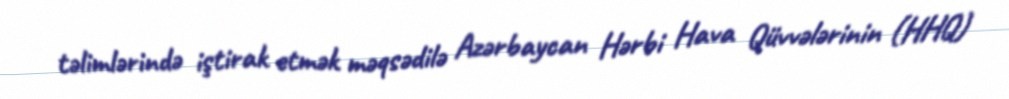
təlimlərində iştirak etmək məqsədilə Azərbaycan Hərbi Hava Qüvvələrinin (HHQ)